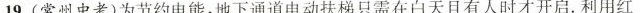
19.(常州中考)为节约电能，地下通道电动扶梯只需在白天且有人时才开启.利用红